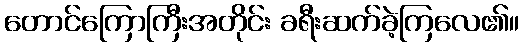
တောင်ကြောကြီးအတိုင်း ခရီးဆက်ခဲ့ကြလေ၏။